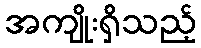
အကျိုးရှိသည့်